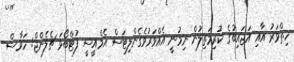
ހިތްވަރު އާއި އަޖައިބުގެ ކުރިމަތިލުން ނިމުނީ އެއްވަރުވެގެންލިޓަސް އެމްއީސީ ފުޓްބޯޅަ ޗެލެންޖް: ހަވާސް